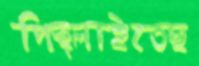
পিছ্‌লাইতেছ